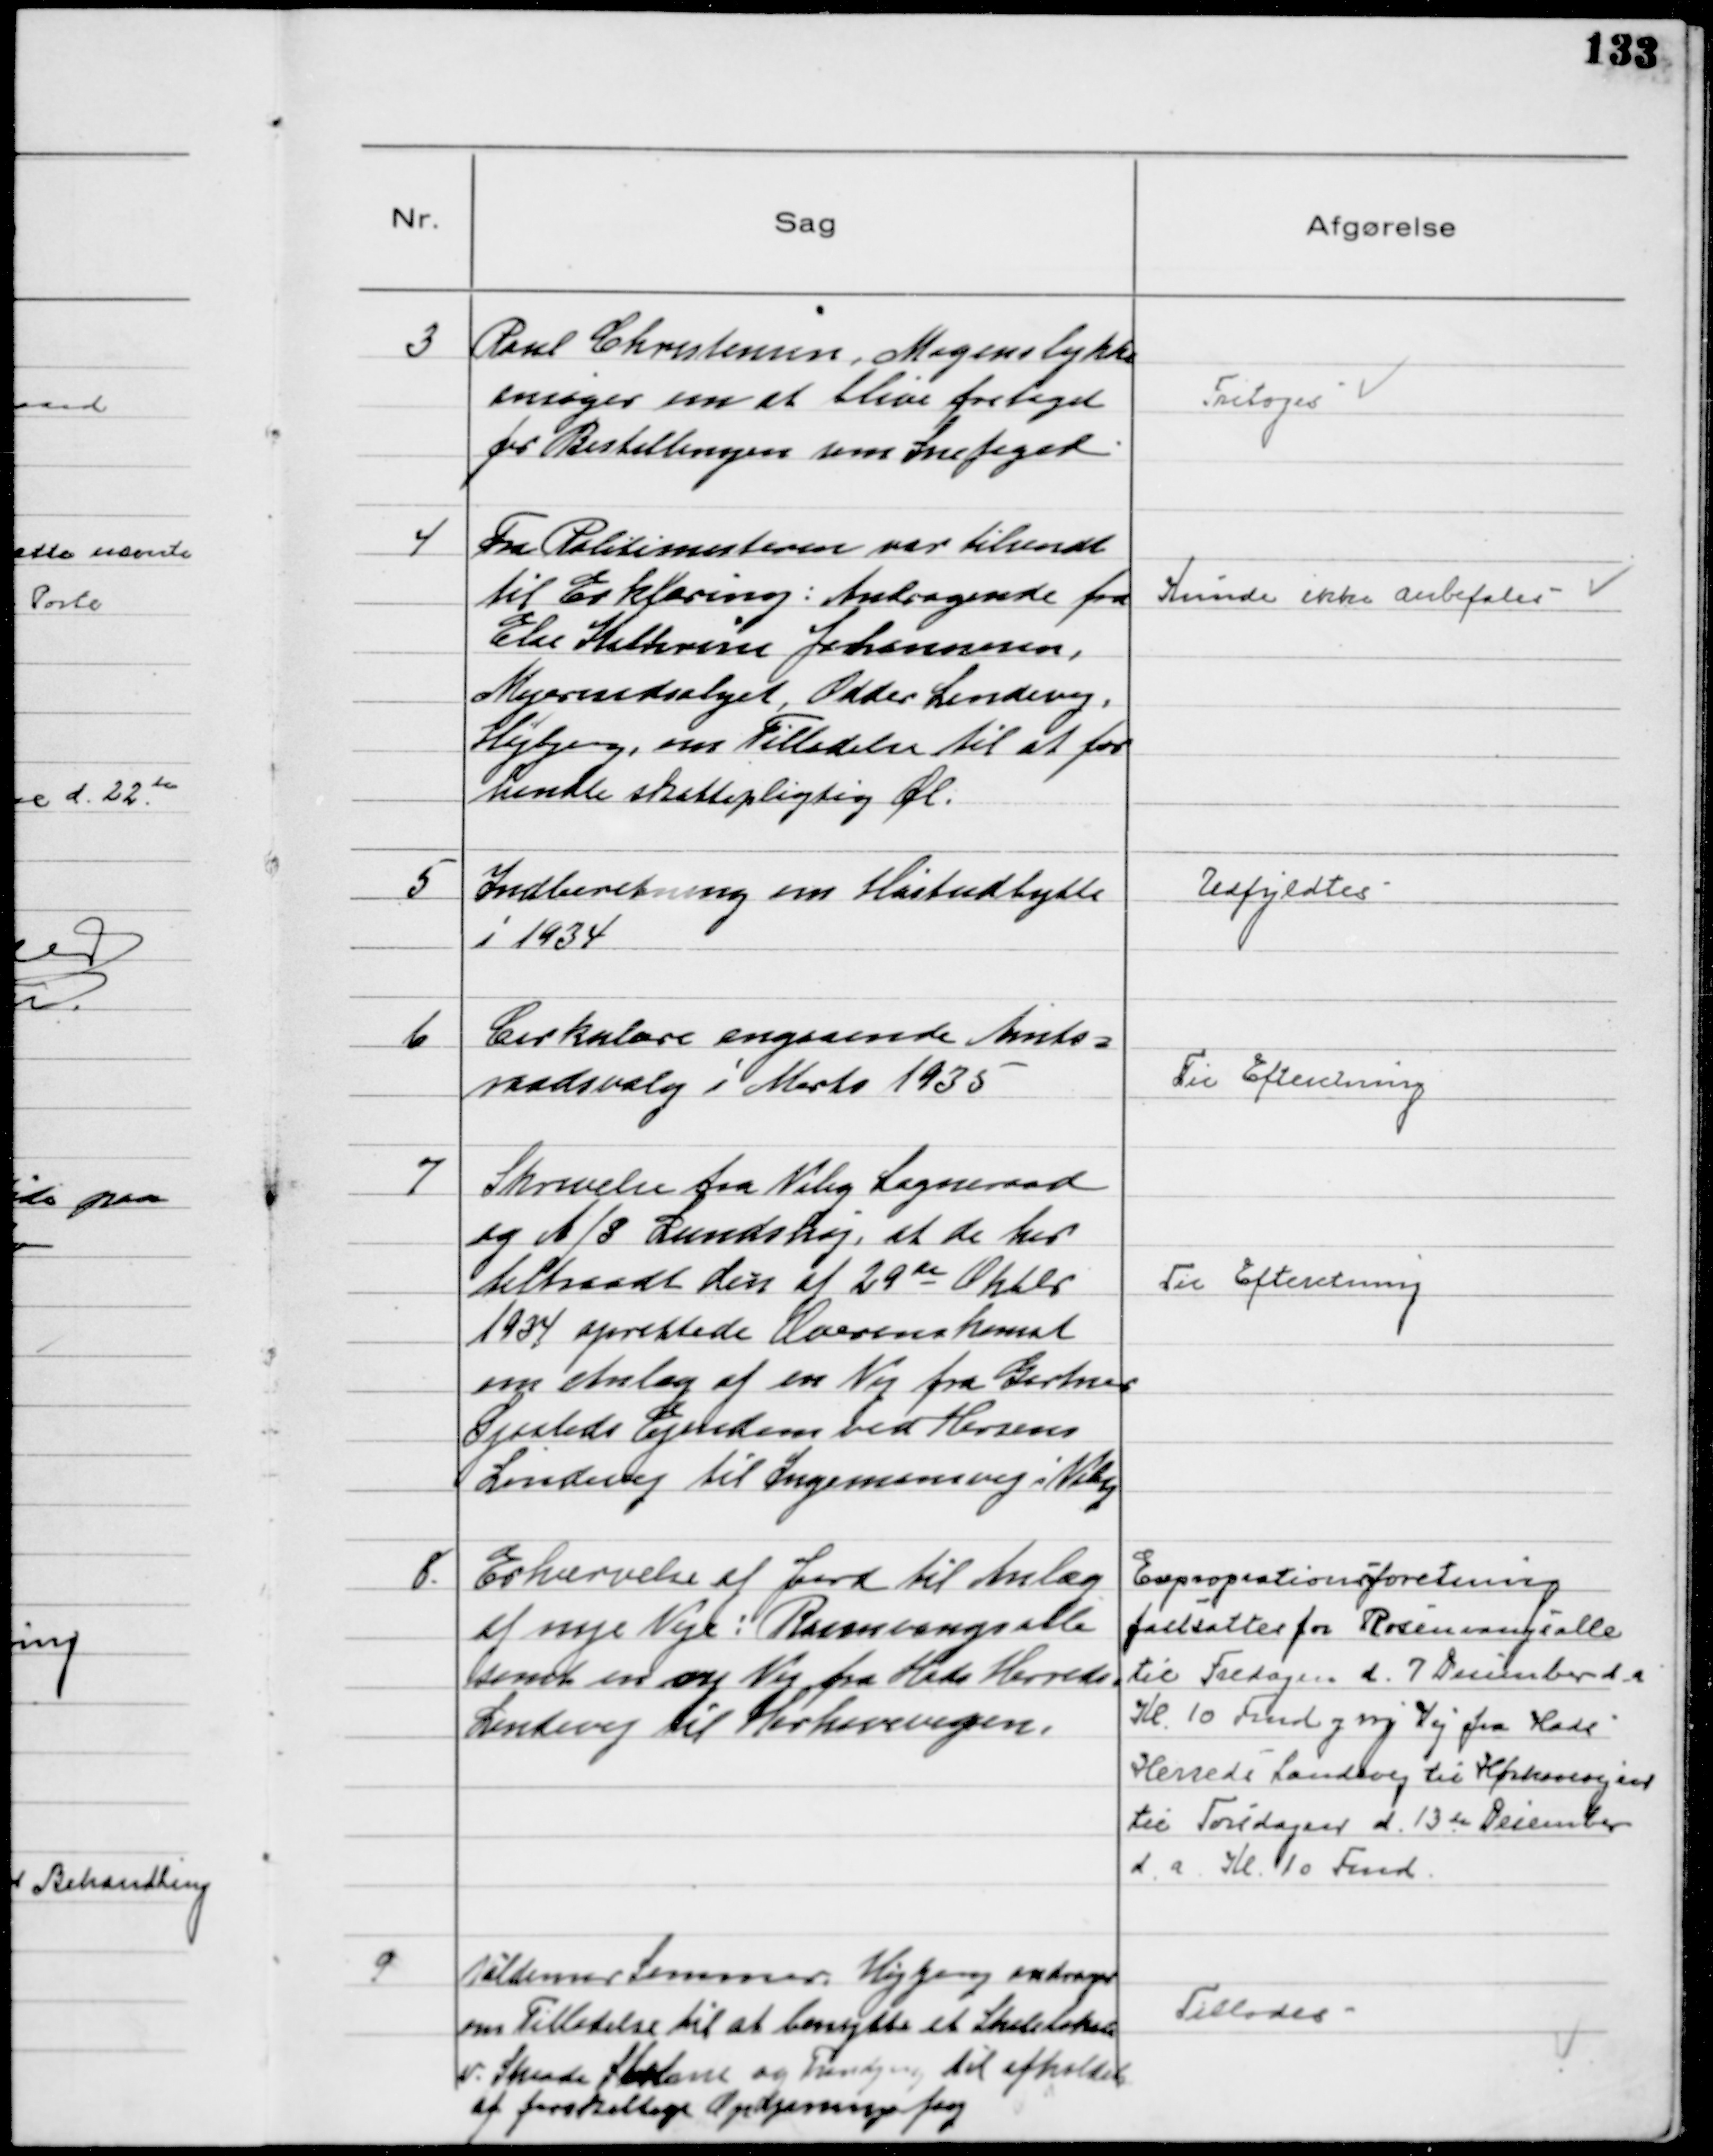
Transskription:
3
Poul Christensen, Mogenslykke
ansøger om at blive fritaget
for Bestillingen som Snefoged

Fritages

4
Fra Politimesteren var tilsendt
til Erklæring: Andragende fra
Else Kathrine Johannesen,
Mejeriudsalget, Odder Landevej,
Højbjerg, om Tilladelse til at for
handle skattepligtig Øl.

Kunde ikke anbefales

5
Indberetning om Høstudbytte
i 1934

Udfyldtes

6
Cirkulære angaaende Amts=
raadsvalg i Marts 1935

Til Efteretning

7
Skrivelse fra Viby Sogneraad
og A/S Lundshøj, at de har
tiltraadt den af 29de Oktbr
1934 oprettede Overenskomst
om Anlæg af en Vej fra Gartner
Sjøsteds Ejendom ved Horsens
Landevej til Ingemansvej i Viby

Til Efteretning

8.
Erhvervelse af Jord til Anlæg
af nye Veje: Rosenvangsalle
samt en ny Vej fra Hads Herreds
Landevej til Hørhavevejen.

Exproprationsforretning
fastsattes for Rosenvangsalle
til Fredagen d. 7 December d. a
Kl. 10 Fmd og ny Vej fra Hads
Herreds Landevej til Hørhavevejen
til Torsdagen d. 13de December
d. a. Kl. 10 Fmd.

9
Valdemar Sommer Højbjerg andrager
om Tilladelse til at benytte et Skolelokale
v. Skaade Holme og Tranbjerg til afholdelse
af forskellige Oplysningsfag

Tillodes